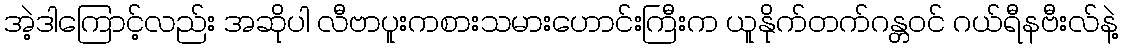
အဲ့ဒါကြောင့်လည်း အဆိုပါ လီဗာပူးကစားသမားဟောင်းကြီးက ယူနိုက်တက်ဂန္တဝင် ဂယ်ရီနဗီးလ်နဲ့